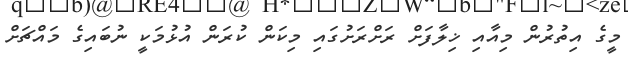
މީގެ އިތުރުން މިއާއި ޚިލާފަށް ރަށްރަށުގައި މިކަން ކުރަން އުޅުމަކީ ނުބައިގެ މައްޗަށް